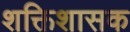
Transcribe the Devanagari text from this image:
शक्तिशासक